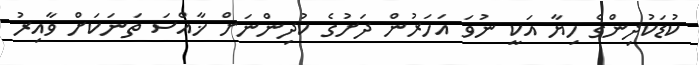
ކުޑަކުދިންގެ ހިޔާ އަކީ ނުވަ އަހަރުން ދަށުގެ ކުދިންނަށް ޚާއްސަ ތަނަކަށް ވާއިރު